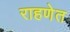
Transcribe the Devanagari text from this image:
राहणेत